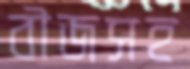
বীজসহ